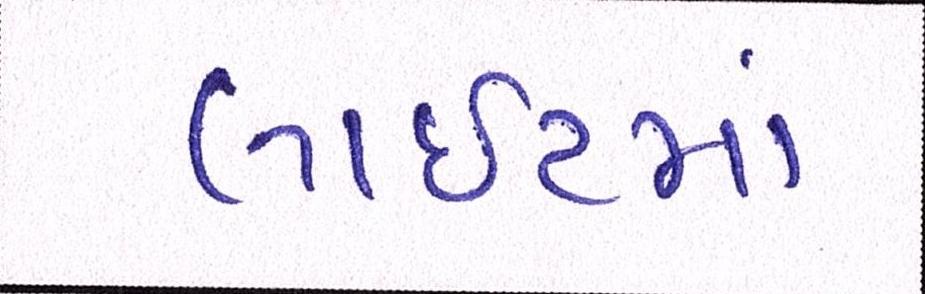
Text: લાઈટમાં